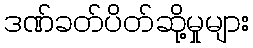
ဒဏ်ခတ်ပိတ်ဆို့မှုများ